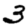
Digit: 3